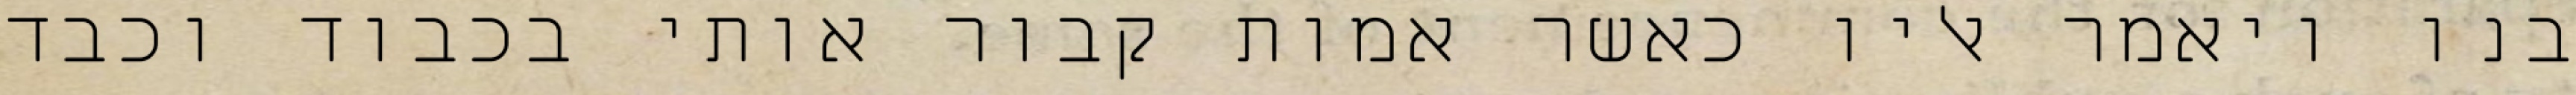
בנו ויאמר אליו כאשר אמות קבור אותי בכבוד וכבד